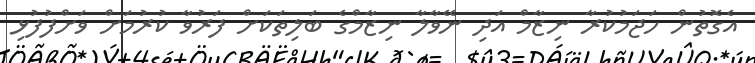
އެގޮތުން ހަޖަމުކުރާ ނިޒާމް އަދި ނޭވާލާ ނިޒާމްގެ ބަލިތަކަށް ފަރުވާ ކުރުމަށް ވަށްފުފުޅި